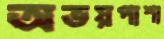
অভয়পাশা